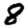
Digit: 8